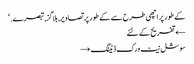
کے طور پر اچھی طرح سے کے طور پر تصاویر, بلاگز, تبصرے. ‘
← تفریح کے لئے
سوشل نیٹ ورک ڈیٹنگ →